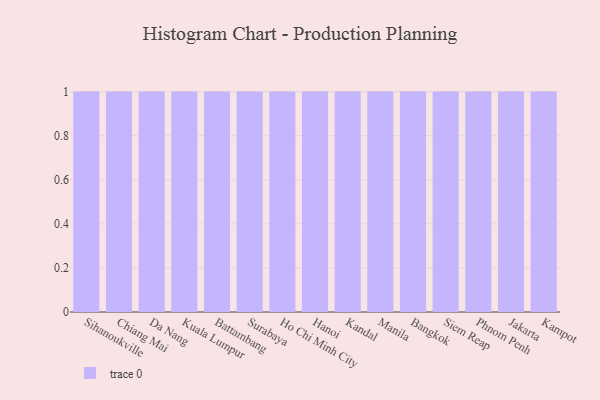
{"axis": {"x": "City", "y": "Website Visitors"}, "legend": [""], "data": [{"x": "Sihanoukville", "y": 33, "type": ""}, {"x": "Chiang Mai", "y": 8, "type": ""}, {"x": "Da Nang", "y": 81, "type": ""}, {"x": "Kuala Lumpur", "y": 76, "type": ""}, {"x": "Battambang", "y": 16, "type": ""}, {"x": "Surabaya", "y": 45, "type": ""}, {"x": "Ho Chi Minh City", "y": 31, "type": ""}, {"x": "Hanoi", "y": 67, "type": ""}, {"x": "Kandal", "y": 2, "type": ""}, {"x": "Manila", "y": 36, "type": ""}, {"x": "Bangkok", "y": 61, "type": ""}, {"x": "Siem Reap", "y": 44, "type": ""}, {"x": "Phnom Penh", "y": 28, "type": ""}, {"x": "Jakarta", "y": 31, "type": ""}, {"x": "Kampot", "y": 51, "type": ""}]}